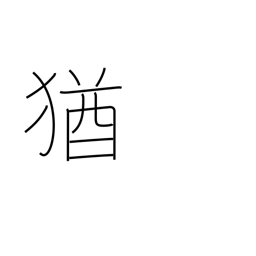
Meaning: still